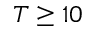
T \geq 1 0